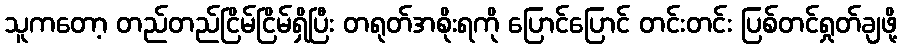
သူကတော့ တည်တည်ငြိမ်ငြိမ်ရှိပြီး တရုတ်အစိုးရကို ပြောင်ပြောင် တင်းတင်း ပြစ်တင်ရှုတ်ချဖို့